Document type: Grant
Year: 1301
Scribe: Berenguer de Terrassa
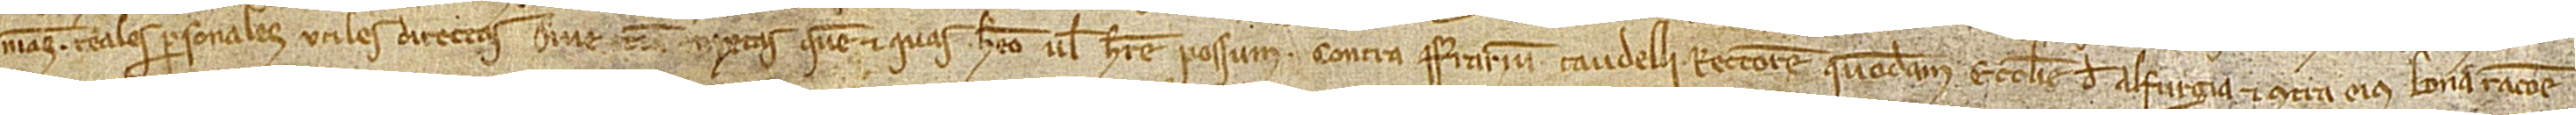
meas reales, personales, utiles, directas sive tamen mixtas quem et quas habeo vel habere possum contra Ferrarium Taudelli, rectorem quondam ecclesie de Alfurgia, et contra eius bona ratione